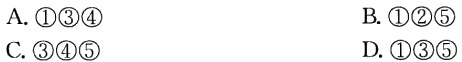
A. \textcircled{1}\textcircled{3}\textcircled{4}
B. \textcircled{1}\textcircled{2}\textcircled{5}
C. \textcircled{3}\textcircled{4}\textcircled{5}
D. \textcircled{1}\textcircled{3}\textcircled{5}